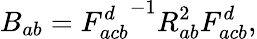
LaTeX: B_{ab}={F_{acb}^{d}}^{-1}R_{ab}^{2}F_{acb}^{d},